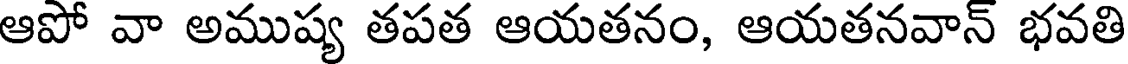
ఆపో వా అముష్య తపత ఆయతనం, ఆయతనవాన్ భవతి